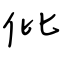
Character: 仳